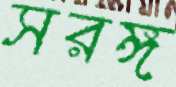
সরঙ্গ